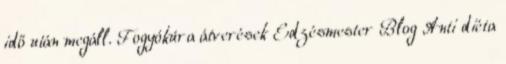
idő után megáll. Fogyókúra átverések Edzésmester Blog Anti diéta